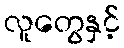
လူတွေနှင့်